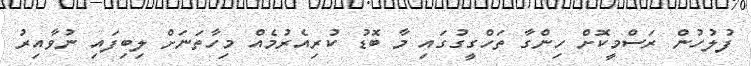
ފުލުހުން ރަސްމީކޮށް ހިންގާ ތަހްގީގުގައި މާ ބޮޑު ކުރިއެރުމެެއް މިހާތަނަށް ލިބިފައި ނުވާއިރު